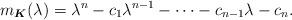
LaTeX: \begin{align*} m_{\boldsymbol{K}} (\lambda) =\lambda^n-c_1 \lambda^{n-1}-\cdots -c_{n-1}\lambda-c_n .\end{align*}